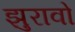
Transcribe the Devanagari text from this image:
झुरावो